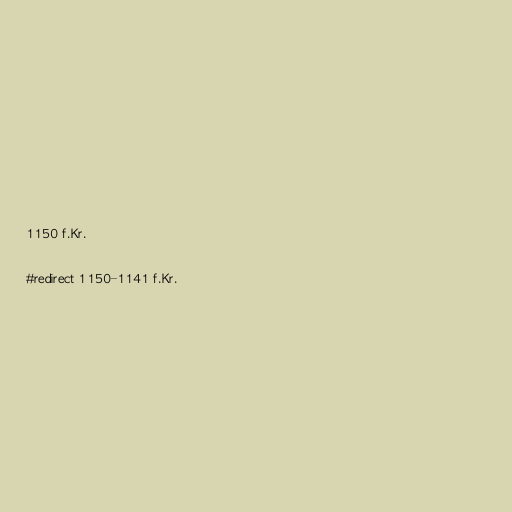
1150 f.Kr.

#redirect 1150–1141 f.Kr.